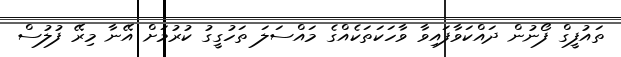
ތައުފީގް ފޯނުން ދައްކަވާފައިވާ ވާހަކަތަކެއްގެ މައްސަލަ ތަހުގީގު ކުރުމަށް އޭނާ މިރޭ ފުލުސް